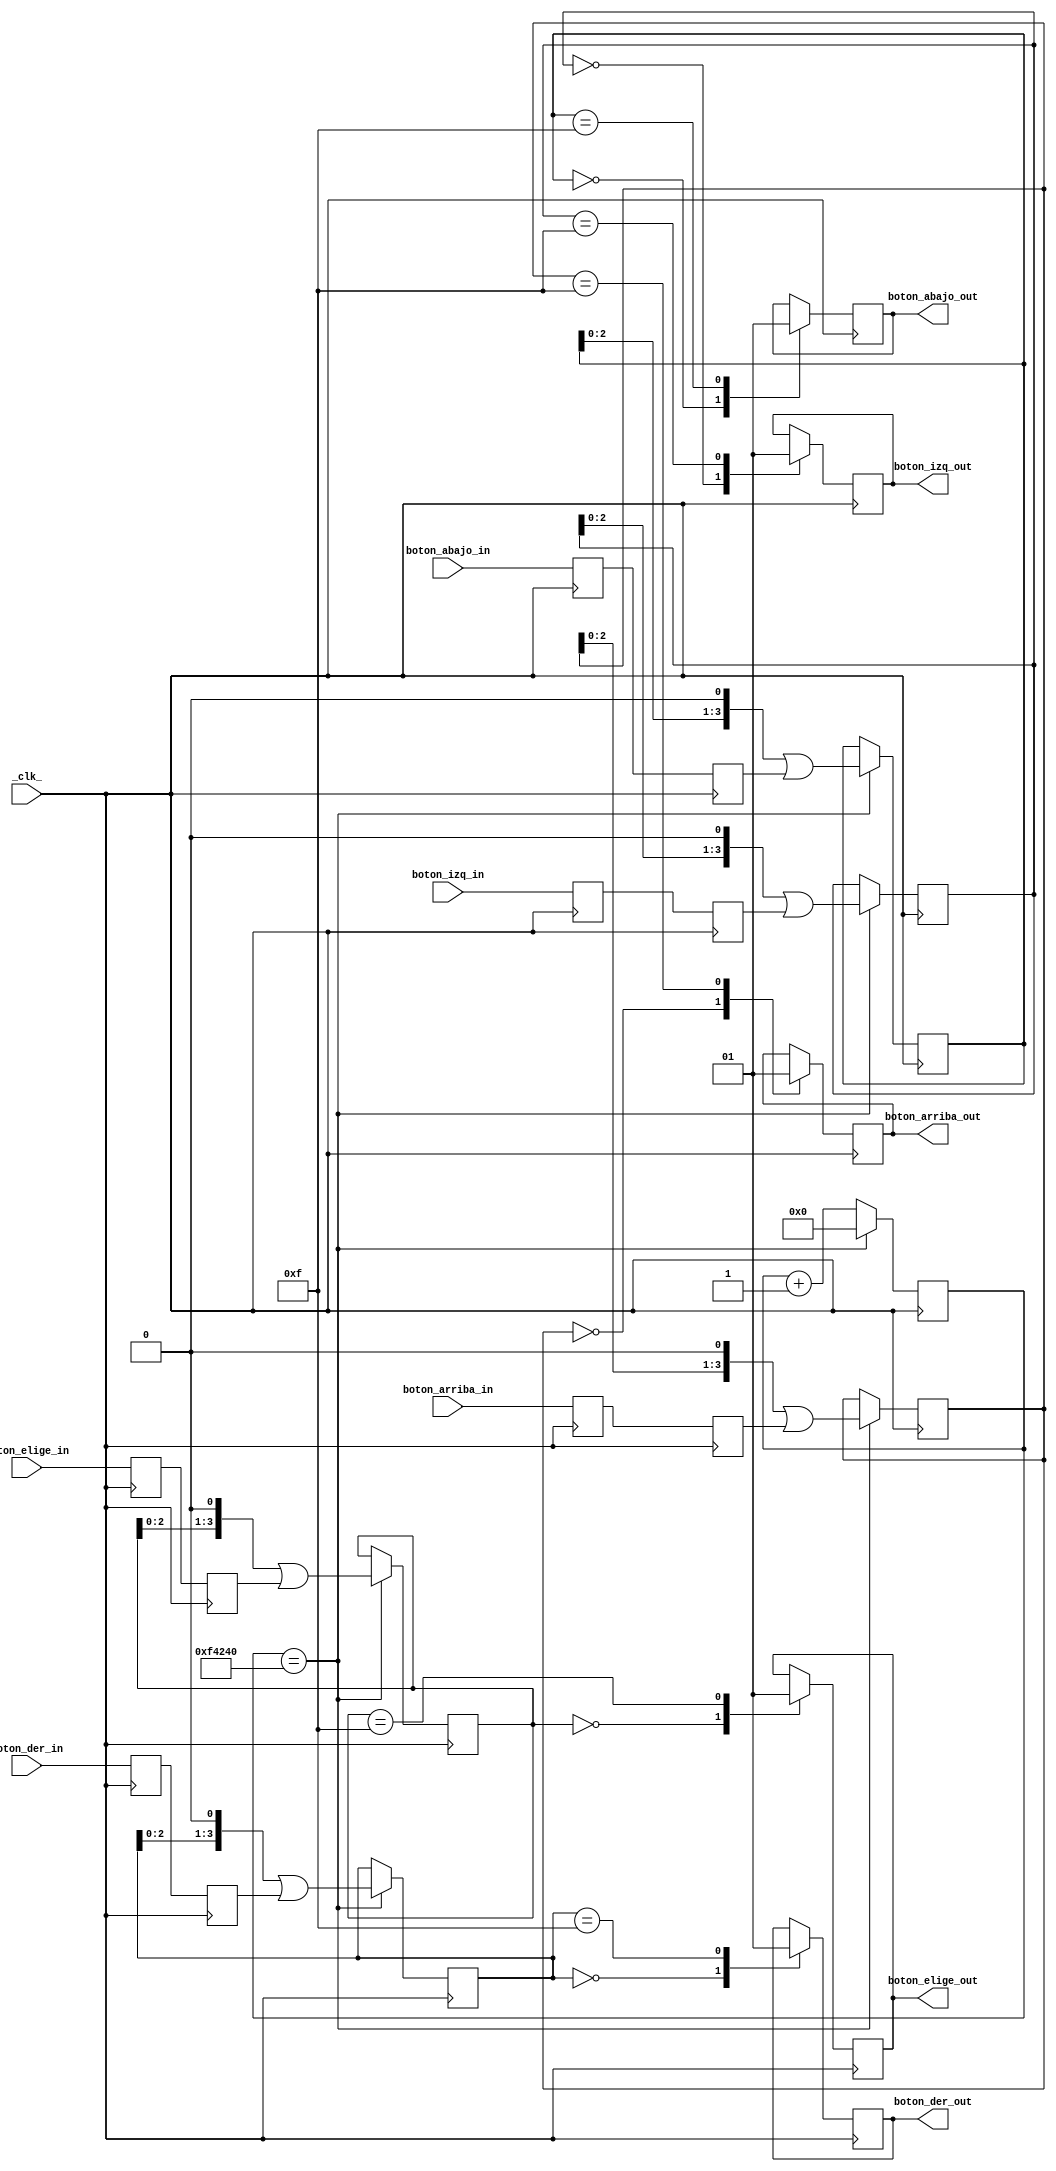
module Sincronizador( _clk_, boton_arriba_in, boton_abajo_in, boton_izq_in, boton_der_in, boton_elige_in,
								boton_arriba_out, boton_abajo_out, boton_izq_out, boton_der_out, boton_elige_out);
					
 //Se definen las entradas y salidas del mdulo						
 input boton_arriba_in, boton_abajo_in, boton_izq_in, boton_der_in, boton_elige_in, _clk_;
 
 output reg boton_arriba_out, boton_abajo_out, boton_izq_out, boton_der_out, boton_elige_out;

 
 //El contador cuenta hasta 10ms, por lo que se almacena 1000000.
 localparam contador_max= 20'd1000000;
 
 //Se crea el primer registro (flip-flop) por cada entrada para sincronizarlos con el clk
 reg boton_arriba_sync_0;
 reg boton_abajo_sync_0;
 reg boton_izq_sync_0;
 reg boton_der_sync_0;
 reg boton_elige_sync_0;

 
 //En cada estado positivo del clk, los registros guardan los valores de los botones/switches
 always @(posedge _clk_) 
	begin
		boton_arriba_sync_0 <= boton_arriba_in;
		boton_abajo_sync_0  <= boton_abajo_in;
		boton_izq_sync_0    <= boton_izq_in;
		boton_der_sync_0    <= boton_der_in;
		boton_elige_sync_0  <= boton_elige_in;
	end

 //Se crea el segundo registro (flip-flop) por cada salida de los registros anteriores para sincronizarlos con el clk
 reg boton_arriba_sync_1;
 reg boton_abajo_sync_1;
 reg boton_izq_sync_1;
 reg boton_der_sync_1;
 reg boton_elige_sync_1;
 
 //En cada estado positivo del clk, los registros guardan los valores el registro anterior para sincronizar con el clk
 always @(posedge _clk_) 
	begin
		boton_arriba_sync_1 <= boton_arriba_sync_0;
		boton_abajo_sync_1  <= boton_abajo_sync_0;
		boton_izq_sync_1    <= boton_izq_sync_0;
		boton_der_sync_1    <= boton_der_sync_0;
		boton_elige_sync_1  <= boton_elige_sync_0;
	end
 
 //Se crea el registro que almacena el contador
 reg [19:0] contador=0;
 
 //Se crean los shift registers que almacenan las 4 muestras de los estados de los botones y switches correspondientes
 reg [3:0] sr_boton_arriba= 4'b0, sr_boton_abajo= 4'b0, sr_boton_izq= 4'b0, sr_boton_der= 4'b0, sr_boton_elige= 4'b0;

 //Contador
 	always @(posedge _clk_)
	begin 
		if (contador == contador_max)
			contador <= 1'b0;	
		else
			contador <= contador + 1'b1;
	end
	
	
 always @(posedge _clk_) 
	begin
		if (contador==contador_max) begin
			
			//Se hace un corrimiento a la izquierda y se almacena el estado de la entrada segun muestreo cada 10ms.
			sr_boton_arriba <= (sr_boton_arriba << 1)  | boton_arriba_sync_1;
			sr_boton_abajo  <= (sr_boton_abajo  << 1)  | boton_abajo_sync_1;
			sr_boton_izq    <= (sr_boton_izq    << 1)  | boton_izq_sync_1;
			sr_boton_der    <= (sr_boton_der    << 1)  | boton_der_sync_1;
			sr_boton_elige  <= (sr_boton_elige  << 1)  | boton_elige_sync_1;
		end
		
	
		//Se escribe en cada salida correspondiente un 1 si los 4 bits muestreados cada 10ns son 1111 y 0 si los 4 bits muestreados fueron 0000
		case (sr_boton_arriba)
					4'b0000: boton_arriba_out <= 0;
					4'b1111: boton_arriba_out <= 1;
		endcase
		
		case (sr_boton_abajo)
					4'b0000: boton_abajo_out <= 0;
					4'b1111: boton_abajo_out <= 1;
		endcase
		
		case (sr_boton_izq)
					4'b0000: boton_izq_out <= 0;
					4'b1111: boton_izq_out <= 1;
		endcase
		
		case (sr_boton_der)
					4'b0000: boton_der_out <= 0;
					4'b1111: boton_der_out <= 1;
		endcase
		
		case (sr_boton_elige)
					4'b0000: boton_elige_out <= 0;
					4'b1111: boton_elige_out <= 1;
		endcase
	end
endmodule